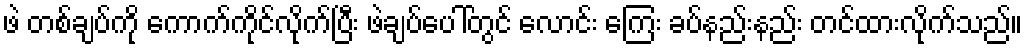
ဖဲ တစ်ချပ်ကို ကောက်ကိုင်လိုက်ပြီး ဖဲချပ်ပေါ်တွင် လောင်း ကြေး ခပ်နည်းနည်း တင်ထားလိုက်သည်။